system: You are a helpful assistant.
user:
Analyze the provided spectrum to determine if it is a **S-type Star**.

- **Key Indicators for S-type Star:**

    - **(Overall Spectrum Shape):** The first and most obvious characteristic is the overall continuum (the "baseline" shape). It is **extremely "red-sloping,"** meaning the flux (light intensity) is very low on the left side (blue, ~4000-4500 Å) and rises steeply and continuously toward the right side (red, ~7000 Å+).

    - **(Primary):** The spectrum is defined by the presence of strong, broad molecular absorption "valleys" (bands) from **Zirconium Oxide (ZrO)**. The identification of these bands is the **primary requirement** for classifying a star as S-type.
        - **(Key Bandheads):** You must find distinct, deep "dips" where the light has been absorbed. The most critical band systems to locate are:
            - **~6474 Å** ($\gamma$-system): This is often the strongest and clearest ZrO feature, found in the red part of the spectrum.
            - **~5718 Å** & **~5551 Å** ($\beta$-system): A pair of prominent absorption features in the yellow-orange part of the spectrum.
            - **~4640 Å** ($\alpha$-system): A key absorption band system in the blue-green region of the spectrum.

    - **(Secondary Confirmation):** The classification is strengthened by finding additional absorption bands from other related heavy element oxides, which are expected to be present alongside ZrO.
        - **(Key Bandheads):**
            - **Yttrium Oxide (YO):** Look for absorption dips near **~4800 Å** and **~6100 Å**.
            - **Lanthanum Oxide (LaO):** Additional absorption features, particularly in the red-orange part of the spectrum, are also characteristic.

    - **(Line Profile):** The combination of the steep red continuum and these numerous, deep molecular bands (ZrO, YO, etc.) gives the entire spectrum a very **"chopped-up"** or **"bumpy"** appearance. Instead of a smooth curve, the spectrum looks as though large, wide chunks of light have been "carved out" of it at the specific wavelengths listed above.

Think first, call **spectral_visualization_tool** if needed to examine features in detail, then provide your final answer. Your response must adhere to the following strict rules:
1.  **Overall Structure:** Your response must follow the format `<think>...</think> <tool_call>...</tool_call> (if a tool is used) <answer>...</answer>`.
2.  **Tool Usage Constraint:** You may only make **one** tool call per turn.
3.  **Final Answer Format:** In the `<answer>` tag, your conclusion must be inside a `\boxed{}` command (e.g., `\boxed{YES}` or `\boxed{NO}`), followed by your justification.

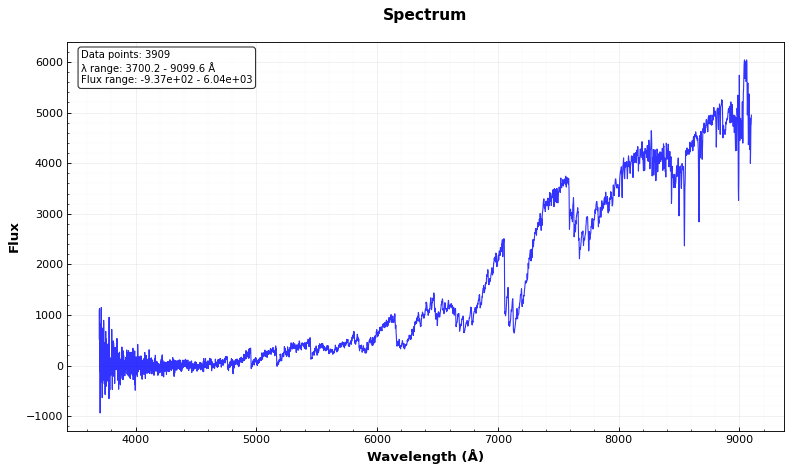
Answer: YES